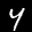
Label: 4